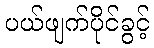
ပယ်ဖျက်ပိုင်ခွင့်